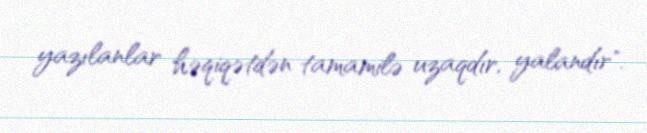
yazılanlar həqiqətdən tamamilə uzaqdır, yalandır".